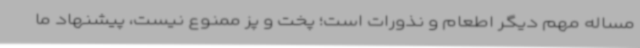
مساله مهم دیگر اطعام و نذورات است؛ پخت و پز ممنوع نیست، پیشنهاد ما